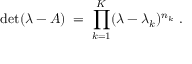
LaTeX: \operatorname * { d e t } ( \lambda - A ) \; = \; \prod _ { k = 1 } ^ { K } ( \lambda - \lambda _ { k } ) ^ { n _ { k } } \; .